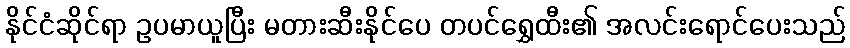
နိုင်ငံဆိုင်ရာ ဥပမာယူပြီး မတားဆီးနိုင်ပေ တပင်ရွှေထီး၏ အလင်းရောင်ပေးသည်